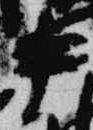
中